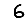
Digit: 6